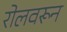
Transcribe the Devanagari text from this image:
रोलवरून